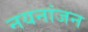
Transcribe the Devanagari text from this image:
नयनांजन